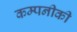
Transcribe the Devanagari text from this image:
कम्पनीकी